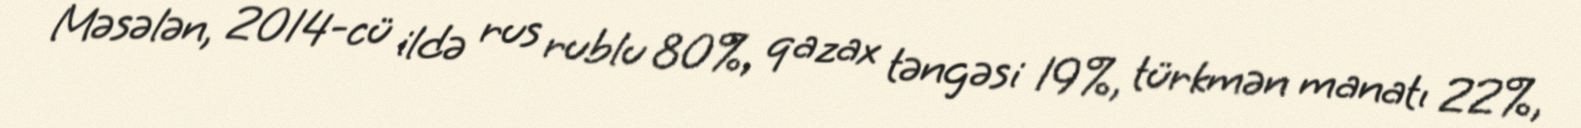
Məsələn, 2014-cü ildə rus rublu 80%, qazax təngəsi 19%, türkmən manatı 22%,